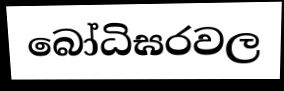
බෝධිඝරවල